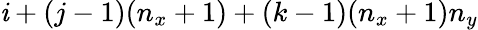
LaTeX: \mathit{i}+(j-1)(n_{x}+1)+(k-1)(n_{x}+1)n_{y}